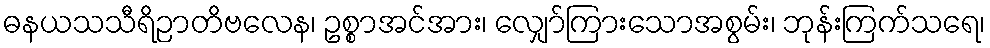
ဓနယသသီရိဉာတိဗလေန၊ ဥစ္စာအင်အား၊ လျှော်ကြားသောအစွမ်း၊ ဘုန်းကြက်သရေ၊